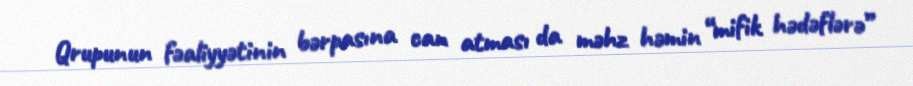
Qrupunun fəaliyyətinin bərpasına can atması da məhz həmin “mifik hədəflərə”